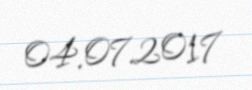
04.07.2017